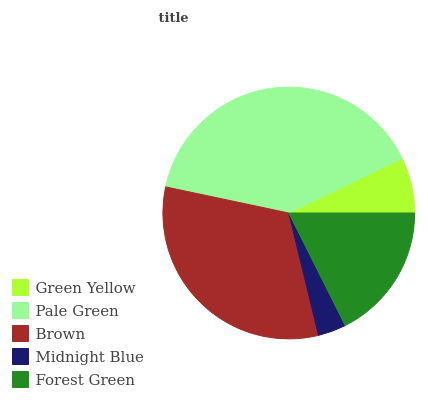
| Green Yellow | Pale Green | Brown | Midnight Blue | Forest Green |
 | --- | --- | --- | --- | --- |
 | 7.1% | 39.6% | 32.1% | 3.61% | 17.6% |